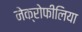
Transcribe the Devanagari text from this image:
नेक्रोफीलिया